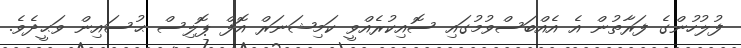
ފުލުހުންގެ ފަރާތުން އެ އެއްބަސްވުމުގައި ސޮއިކުރެއްވީ ކަމިޝަނަރް އޮފް ޕޮލިސް ޙުސައިން ވަޙީދެވެ.